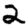
Digit: 2